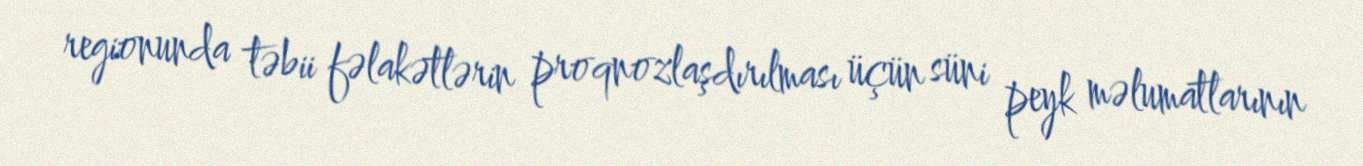
regionunda təbii fəlakətlərin proqnozlaşdırılması üçün süni peyk məlumatlarının